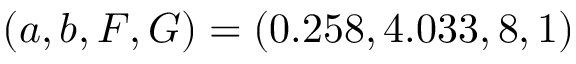
( a , b , F , G ) = ( 0 . 2 5 8 , 4 . 0 3 3 , 8 , 1 )